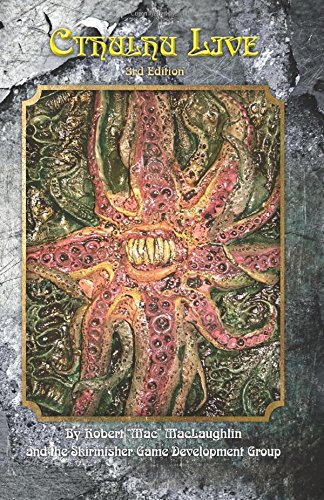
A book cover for Cthulhu Live 3rd Edition; Robert "Mac" McLaughlin; Science Fiction & Fantasy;